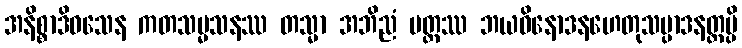
အနိစ္စာဒိဝသေန ကတသမ္မသနဿ တသ္မာ အဘိညံ ပတ္တဿ ဘယဝိနောဒနဟေတုသမ္ပာဒနတ္ထမ္ပိ